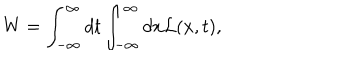
\mathrm { W } = \int _ { - \infty } ^ { \infty } d t \int _ { - \infty } ^ { \infty } d x { \cal L } ( x , t ) ,